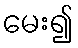
မေး၍